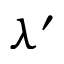
\lambda ^ { \prime }